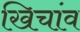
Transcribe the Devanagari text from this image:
खिचांव